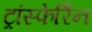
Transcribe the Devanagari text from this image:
ट्रांस्फेर्रिन